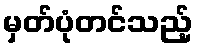
မှတ်ပုံတင်သည့်